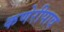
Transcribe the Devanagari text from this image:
कणेरीपाव